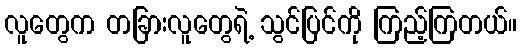
လူတွေက တခြားလူတွေရဲ့ သွင်ပြင်ကို ကြည့်ကြတယ်။